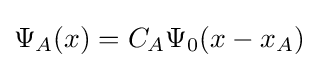
\Psi _{A}(x)=C_{A}\Psi _{0}(x-x_{A})